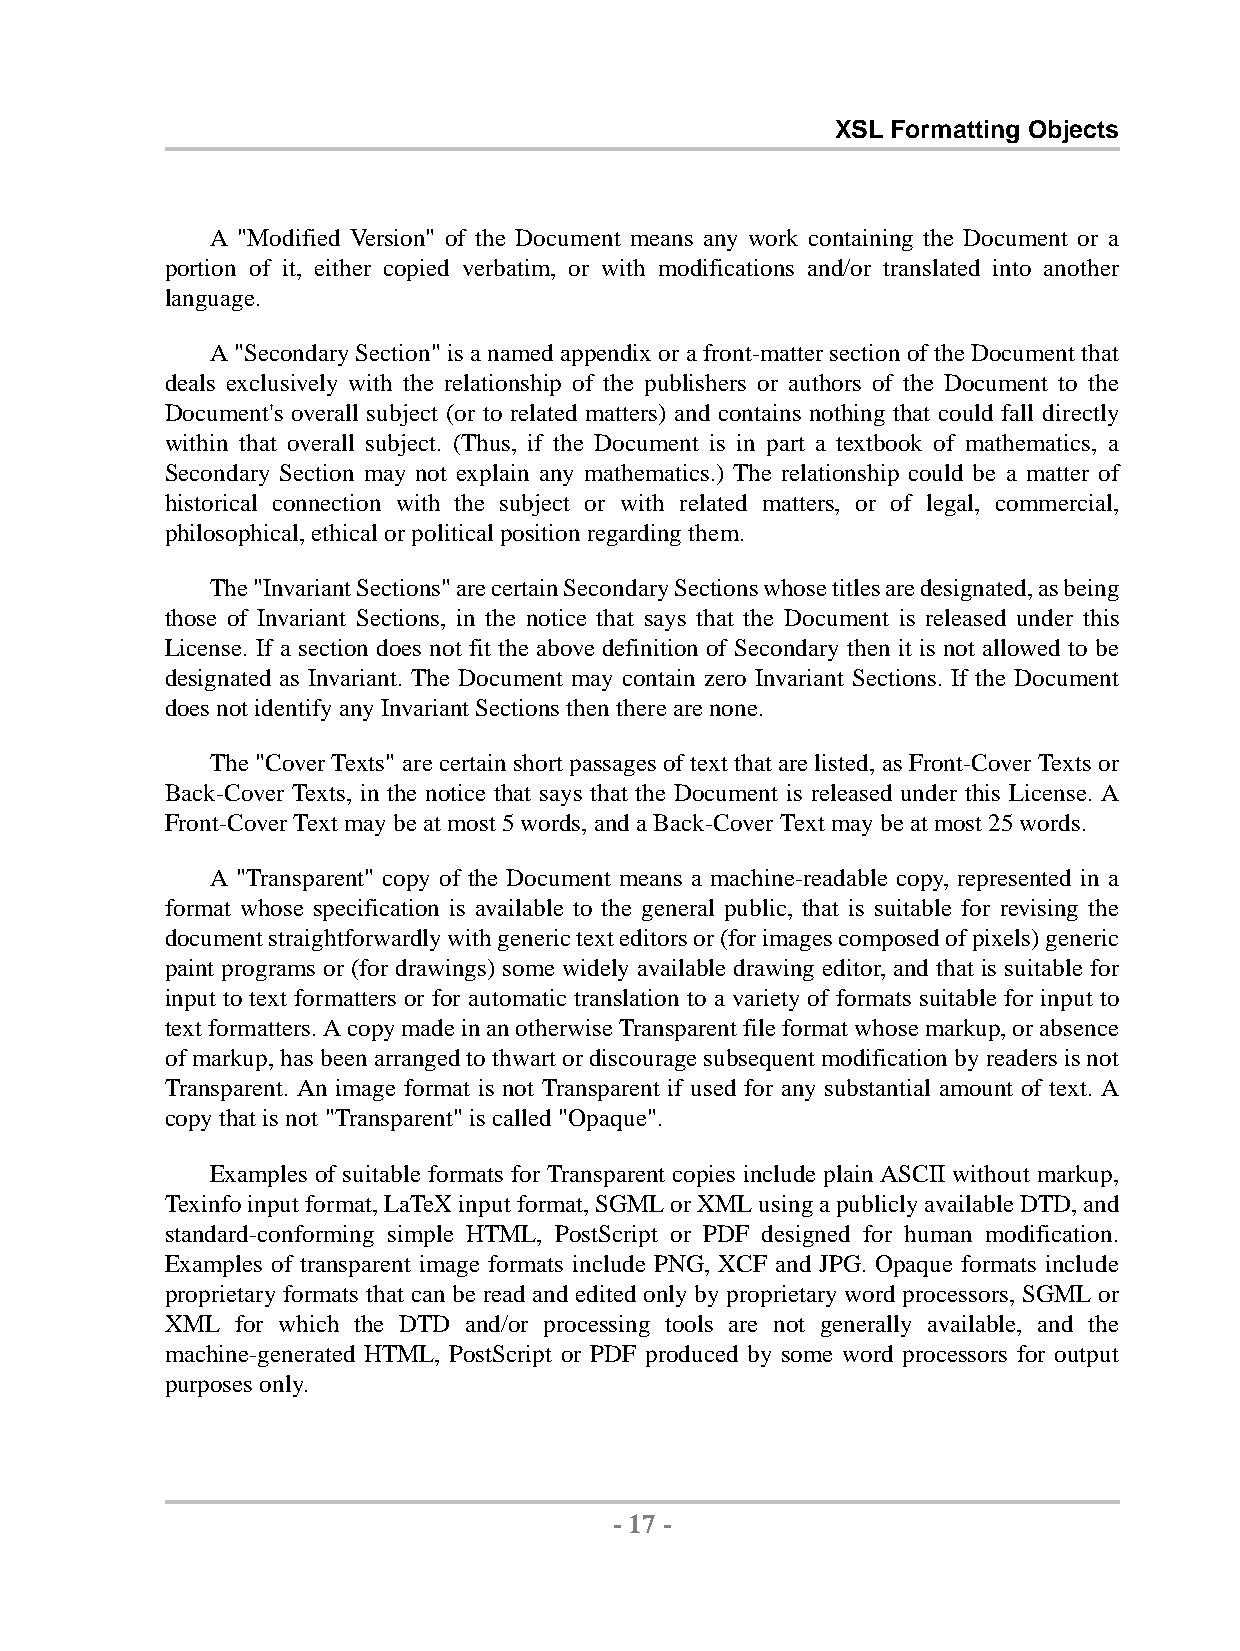
XSL Formatting Objects
 A "Modified Version" of the Document means any work containing the Document or a
 portion of it, either copied verbatim, or with modifications and/or translated into another
 language.
 A"SecondarySection"isanamedappendixorafront-mattersectionoftheDocumentthat
 deals exclusively with the relationship of the publishers or authors of the Document to the
 Document's overall subject (or to related matters) and contains nothing that could fall directly
 within that overall subject. (Thus, if the Document is in part a textbook of mathematics, a
 Secondary Section may not explain any mathematics.) The relationship could be a matter of
 historical connection with the subject or with related matters, or of legal, commercial,
 philosophical,ethicalorpoliticalpositionregardingthem.
 The"InvariantSections"arecertainSecondarySectionswhosetitlesaredesignated,asbeing
 those of Invariant Sections, in the notice that says that the Document is released under this
 License. If a section does not fit the above definition of Secondary then it is not allowed to be
 designated as Invariant. The Document may contain zero Invariant Sections. If the Document
 doesnotidentifyanyInvariantSectionsthentherearenone.
 The "Cover Texts" are certain short passages of text that are listed, as Front-Cover Texts or
 Back-Cover Texts, in the notice that says that the Document is released under this License. A
 Front-CoverTextmaybeatmost5words,andaBack-CoverTextmay beatmost25words.
 A "Transparent" copy of the Document means a machine-readable copy, represented in a
 format whose specification is available to the general public, that is suitable for revising the
 documentstraightforwardlywithgenerictexteditorsor(forimagescomposedofpixels)generic
 paint programs or (for drawings) some widely available drawing editor, and that is suitable for
 input to text formatters or for automatic translation to a variety of formats suitable for input to
 textformatters.AcopymadeinanotherwiseTransparentfileformatwhosemarkup,orabsence
 ofmarkup,hasbeenarrangedtothwartordiscouragesubsequentmodificationbyreadersisnot
 Transparent. An image format is not Transparent if used for any substantial amount of text. A
 copythatisnot"Transparent"iscalled"Opaque".
 Examples of suitable formats for Transparent copies include plain ASCII without markup,
 Texinfoinputformat,LaTeXinputformat,SGMLorXMLusingapubliclyavailableDTD,and
 standard-conforming simple HTML, PostScript or PDF designed for human modification.
 Examples of transparent image formats include PNG, XCF and JPG. Opaque formats include
 proprietary formats that can be read and edited only by proprietary word processors, SGML or
 XML  for which the DTD and/or processing tools are not generally available, and the
 machine-generated HTML, PostScript or PDF produced by some word processors for output
 purposesonly.
 - 17 -
 by,XMLtoPDFXSL-FOFormatter